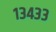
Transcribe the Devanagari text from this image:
१३४३३